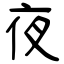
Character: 夜